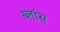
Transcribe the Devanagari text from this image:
ब्लांस